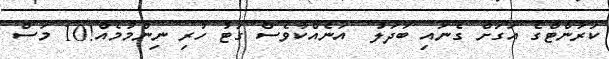
ކަރަންޓްގެ އަގަށް ގެނައި ބަދަލު  އަނެއްކާވެސް ގަޓު ހުރި ނިންމުމެއް!10 މަސް